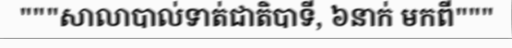
"""សាលាបាល់ទាត់ជាតិបាទី, ៦នាក់ មកពី"""